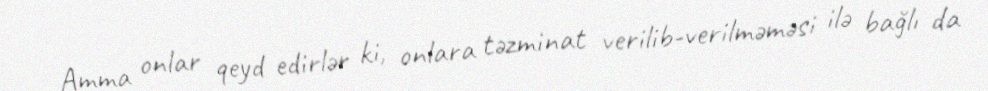
Amma onlar qeyd edirlər ki, onlara təzminat verilib-verilməməsi ilə bağlı da